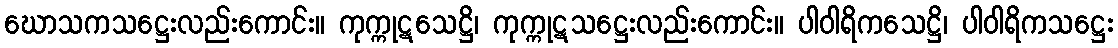
ဃောသကသဋ္ဌေးလည်းကောင်း။ ကုက္ကုဋသေဋ္ဌိ၊ ကုက္ကုဋသဋ္ဌေးလည်းကောင်း။ ပါဝါရိကသေဋ္ဌိ၊ ပါဝါရိကသဋ္ဌေး